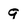
Character: 9